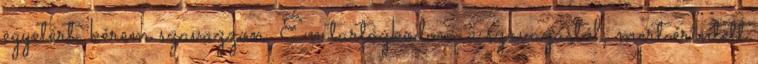
egyetért, kérem szavazzon. Én tartózkodom a szavazástól, mert érintett